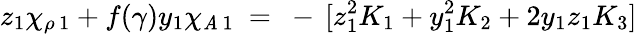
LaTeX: z_{1}\chi_{\rho\, 1}+f(\gamma)y_{1}\chi_{\mathit{A}\, 1}~=~-\, [z_{1}^{2}K_{1}+y_{1}^{2}K_{2}+2y_{1}z_{1}K_{3}]